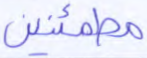
مطمئنين